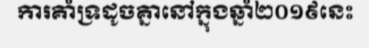
ការគាំទ្រដូចគ្នានៅក្នុងឆ្នាំ២០១៩នេះ